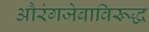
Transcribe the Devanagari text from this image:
औरंगजेबाविरूद्ध